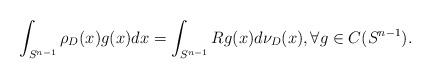
LaTeX: \begin{align*}\int_{S^{n-1}} \rho_D(x) g(x) dx = \int_{S^{n-1}} Rg(x)d\nu_D(x),\forall g\in C(S^{n-1}).\end{align*}